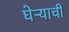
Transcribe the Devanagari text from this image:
घेऱ्याची